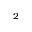
_ 2